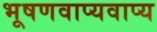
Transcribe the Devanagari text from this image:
भूषणवाप्यवाप्य